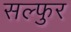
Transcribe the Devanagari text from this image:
सल्फुर